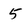
Character: 5